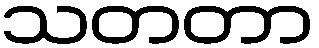
သတတာ